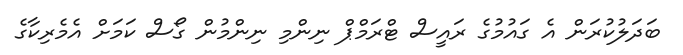
ބަދަލުކުރަން އެ ގައުމުގެ ރައީސް ޓްރަމްޕް ނިންމި ނިންމުން ގޯސް ކަމަށް އެމެރިކާގެ